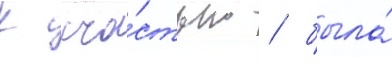
К сча́стью / была́